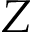
Z